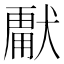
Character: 𭸣